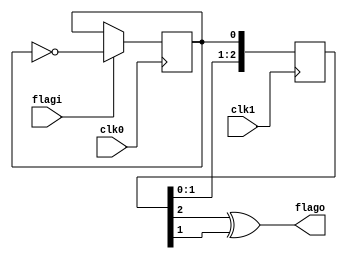
module aceusb_sync(
	input clk0,
	input flagi,
	
	input clk1,
	output flago
);

/* Turn the flag into a level change */
reg toggle;
initial toggle = 1'b0;
always @(posedge clk0)
	if(flagi) toggle <= ~toggle;

/* Synchronize the level change to clk1.
 * We add a third flip-flop to be able to detect level changes. */
reg [2:0] sync;
initial sync = 3'b000;
always @(posedge clk1)
	sync <= {sync[1:0], toggle};

/* Recreate the flag from the level change into the clk1 domain */
assign flago = sync[2] ^ sync[1];

endmodule